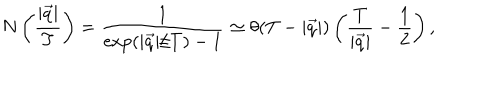
N \left( \frac { | \vec { q } | } { T } \right) = \frac { 1 } { \exp ( | \vec { q } | / T ) - 1 } \simeq \theta ( T - | \vec { q } | ) \left( \frac { T } { | \vec { q } | } - \frac 1 2 \right) ,